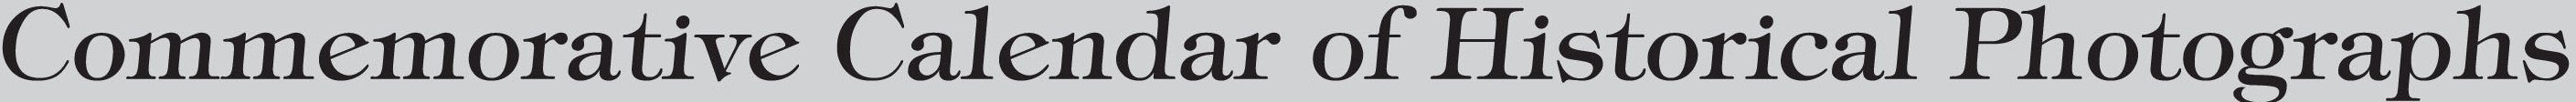
Commenorative Calendar of Historical Photographs